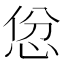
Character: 𪫱